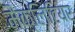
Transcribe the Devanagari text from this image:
मैक्लिंटियर